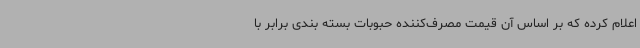
اعلام کرده که بر اساس آن قیمت مصرف‌کننده حبوبات بسته بندی برابر با